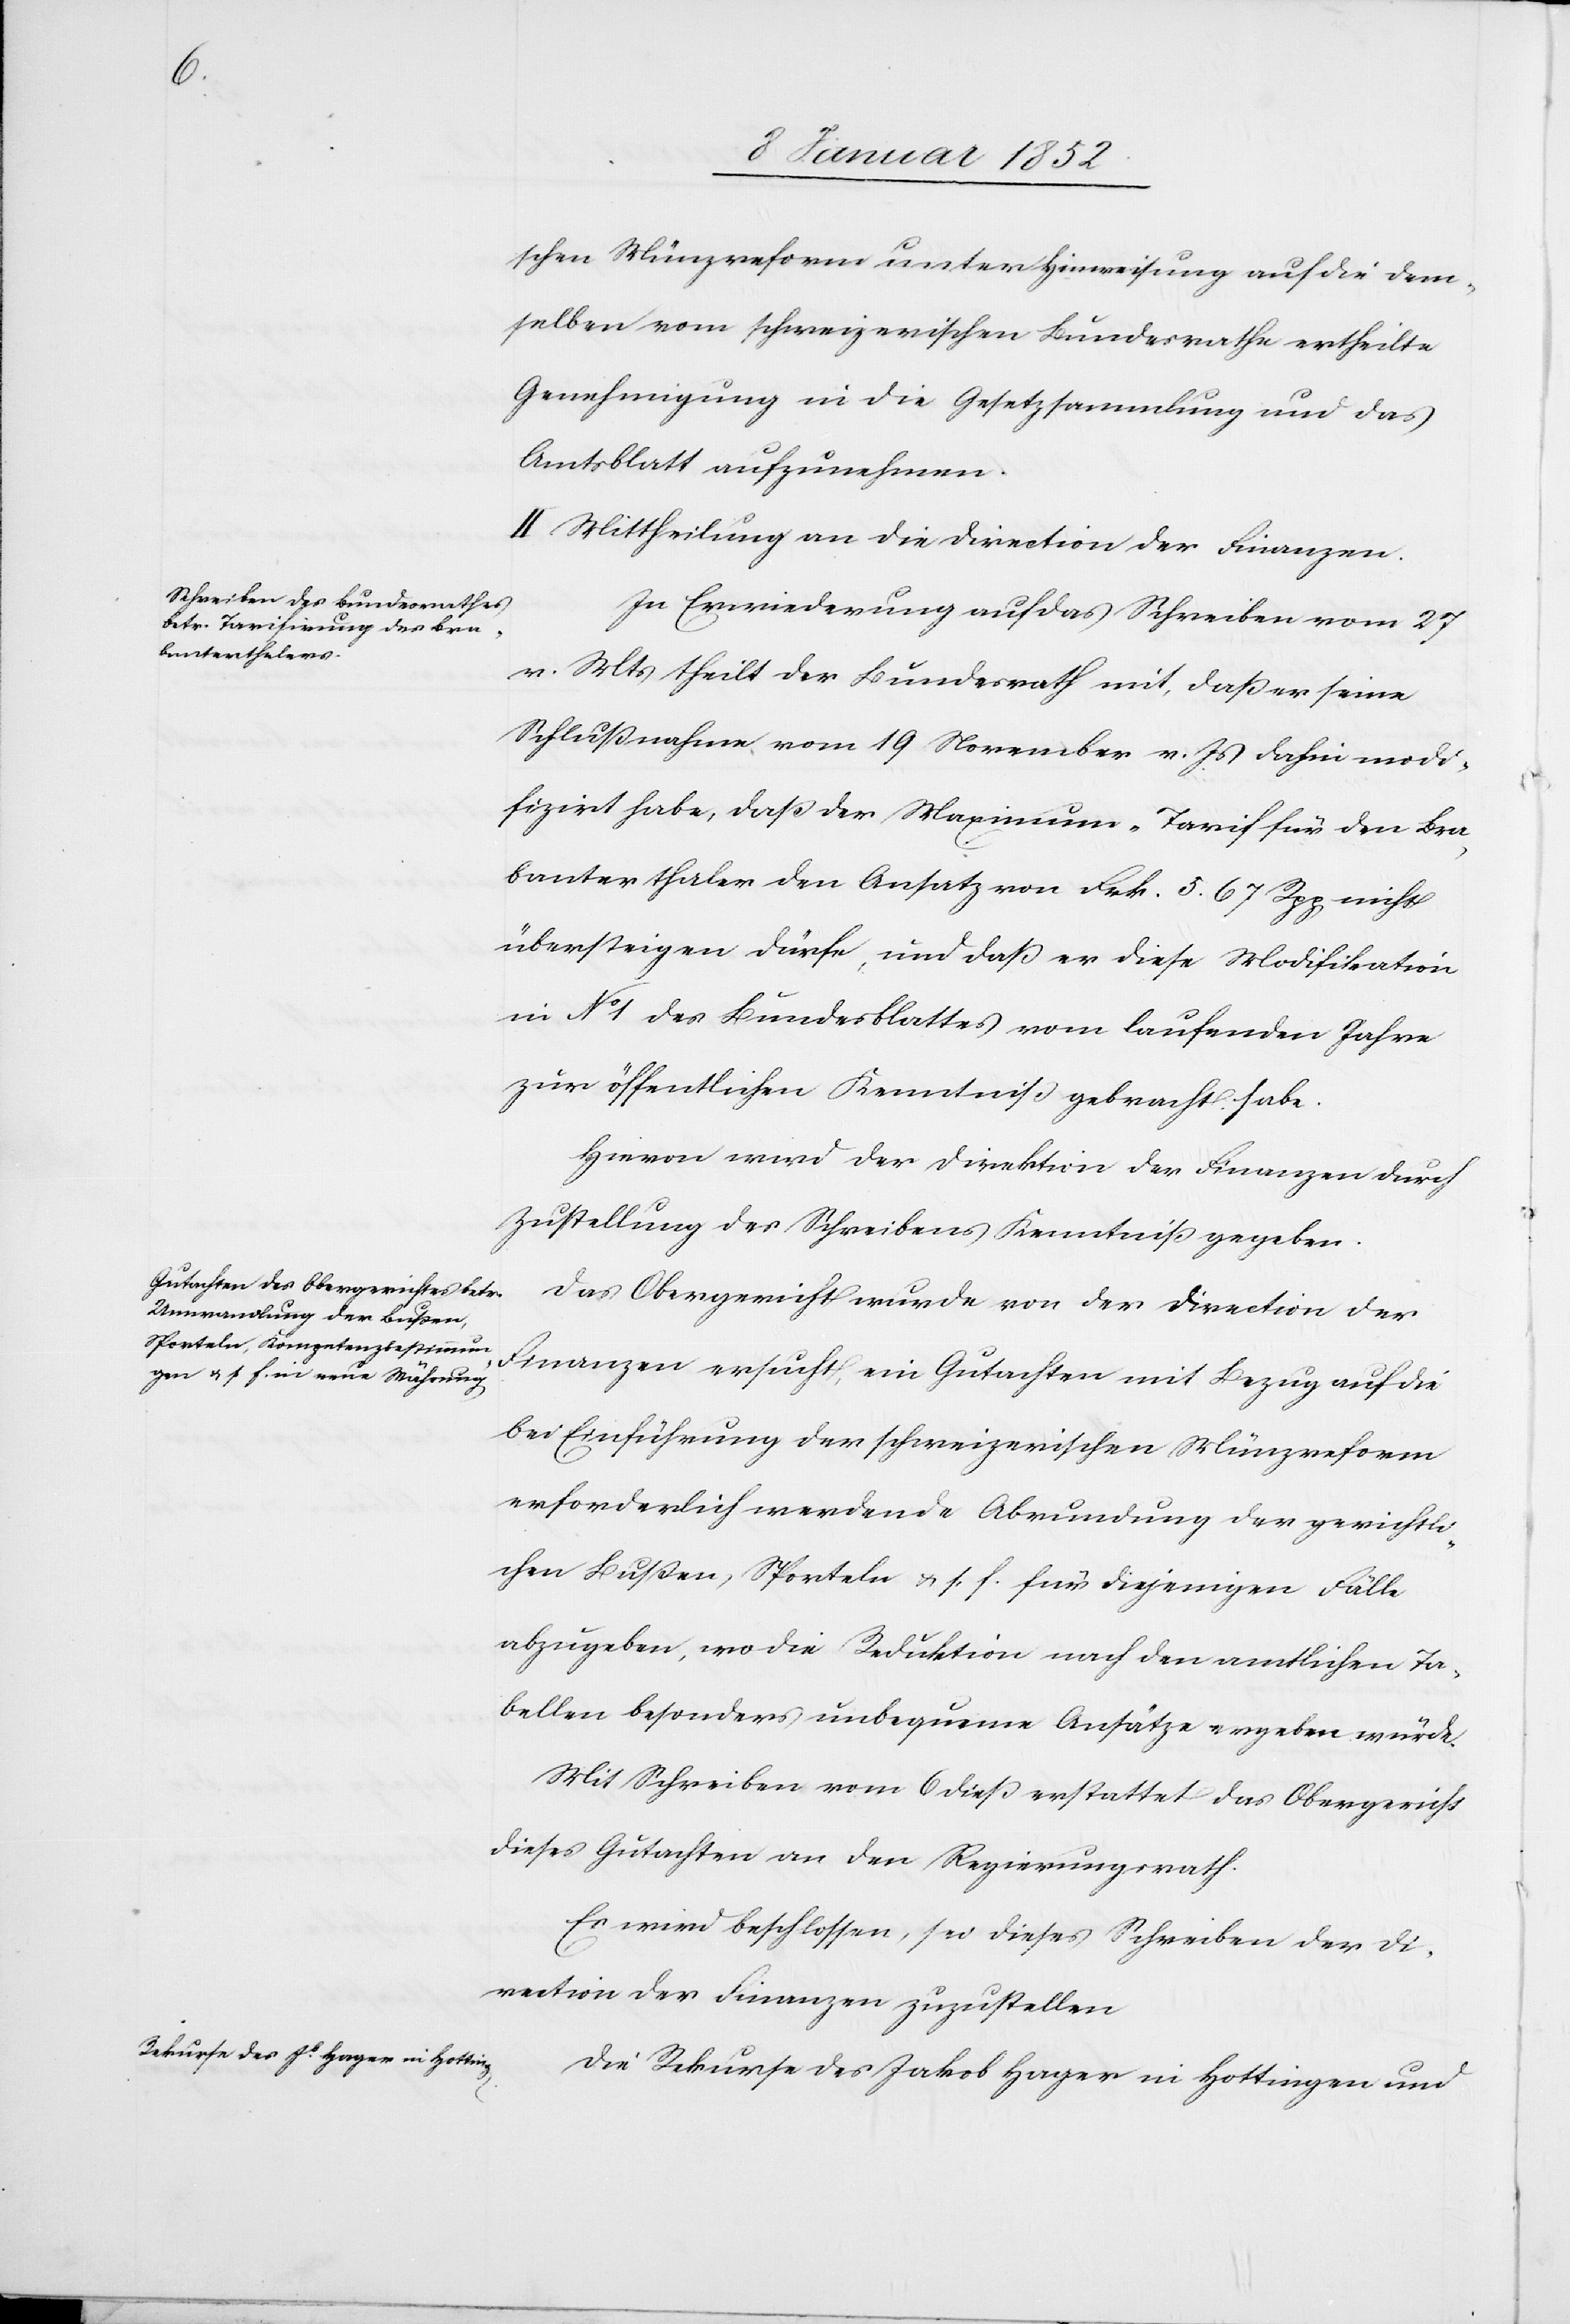
schen Münzreform unter Hinweisung auf die dem¬
selben vom schweizerischen Bundesrathe ertheilte
Genehmigung in die Gesetzsammlung und das
Amtsblatt aufzunehmen.
II Mittheilung an die Direction der Finanzen.
In Erwiederung auf das Schreiben vom 27
v. M theilt der Bundesrath mit, daß er seine
Schlußnahme vom 19 November v. J dahin modi¬
fizirt habe, daß der Maximum-Tarif für den Bra¬
banterthaler den Ansatz von Frk. 5. 67 Rpp nicht
übersteigen dürfe, und daß er diese Modifikation
in No 1 des Bundesblattes vom laufenden Jahre
zur öffentlichen Kenntniß gebracht habe.
Hiervon wird der Direction der Finanzen durch
Zustellung des Schreibens Kenntniß gegeben.
Das Obergericht wurde von der Direction der
Finanzen ersucht, ein Gutachten mit Bezug auf die
bei Einführung der schweizerischen Münzreform
erforderlich werdende Abrundung der gerichtli¬
chen Bußen, Sporteln u s. f. für diejenigen Fälle
abzugeben, wo die Reduktion nach den amtlichen Ta¬
bellen besonders unbequeme Ansätze ergeben würde.
Mit Schreiben vom 6 dieß erstattet das Obergericht
dieses Gutachten an den Regierungsrath.
Es wird beschlossen, dieses Schreiben der Di¬
rection der Finanzen zuzustellen.
Die Rekurse des Jakob Hager in Hottingen und